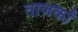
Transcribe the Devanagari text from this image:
ताजकों